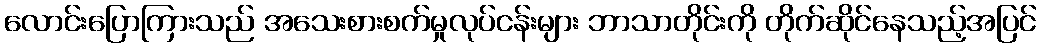
လောင်းပြောကြားသည် အသေးစားစက်မှုလုပ်ငန်းများ ဘာသာတိုင်းကို တိုက်ဆိုင်နေသည့်အပြင်